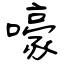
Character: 嚎